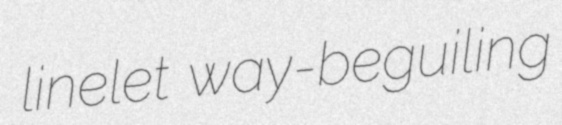
linelet way-beguiling